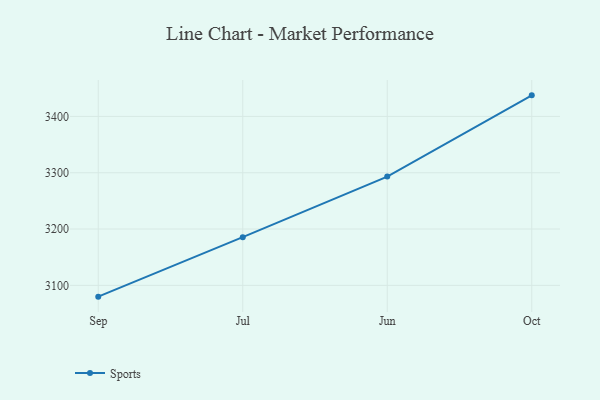
{"axis": {"x": "Month", "y": "Production Output"}, "legend": ["Sports"], "data": [{"x": "Sep", "y": 3079.9, "type": "Sports"}, {"x": "Jul", "y": 3185.6, "type": "Sports"}, {"x": "Jun", "y": 3293.2, "type": "Sports"}, {"x": "Oct", "y": 3437.4, "type": "Sports"}]}